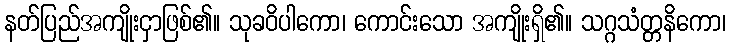
နတ်ပြည်အကျိုးငှာဖြစ်၏။ သုခဝိပါကော၊ ကောင်းသော အကျိုးရှိ၏။ သဂ္ဂသံတ္တနိကော၊